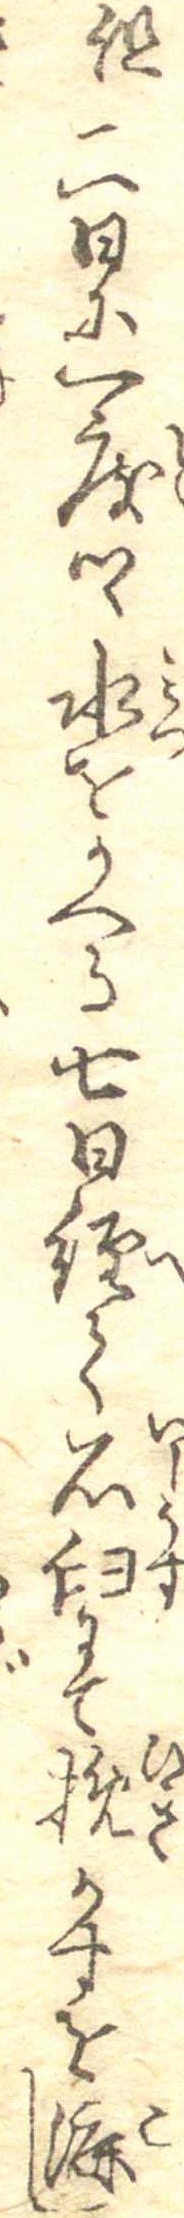
但二日に一度つゝ水をかへる七日経て石臼にて挽かすを漉し